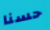
حسنا